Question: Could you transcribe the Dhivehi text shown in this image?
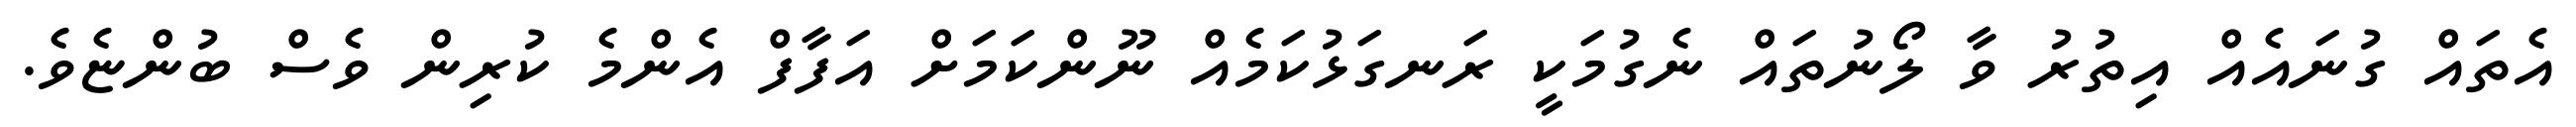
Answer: އެތައް ގުނައެއް އިތުރު ވާ ލޯނުތައް ނެގުމަކީ ރަނގަޅުކަމެއް ނޫންކަމަށް އަފާފް އެންމެ ކުރިން ވެސް ބުންޏެވެ.